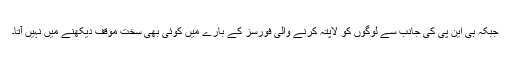
جبکہ بی این پی کی جانب سے لوگوں کو لاپتہ کرنے والی فورسز کے بارے میں کوئی بھی سخت موقف دیکھنے میں نہیں آتا۔